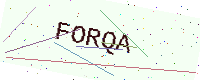
Text: FORQA